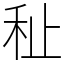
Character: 䄳